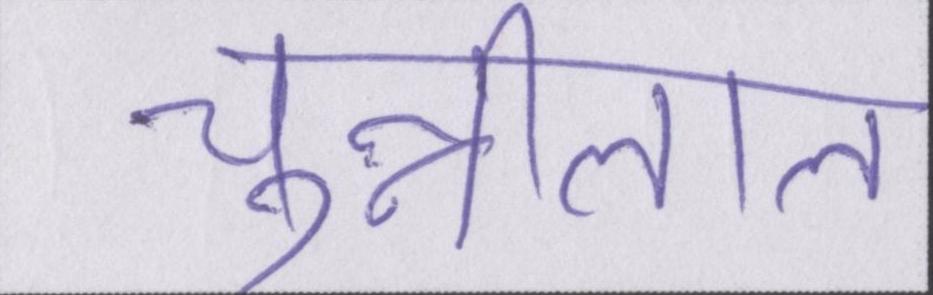
चुन्नीलाल